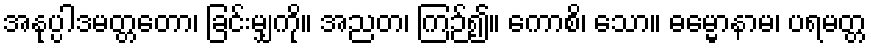
အနုပ္ပါဒမတ္တတော၊ ခြင်းမျှကို။ အညတ၊ ကြဉ်၍။ ကောစိ၊ သော။ ဓမ္မောနာမ၊ ပရမတ္တ